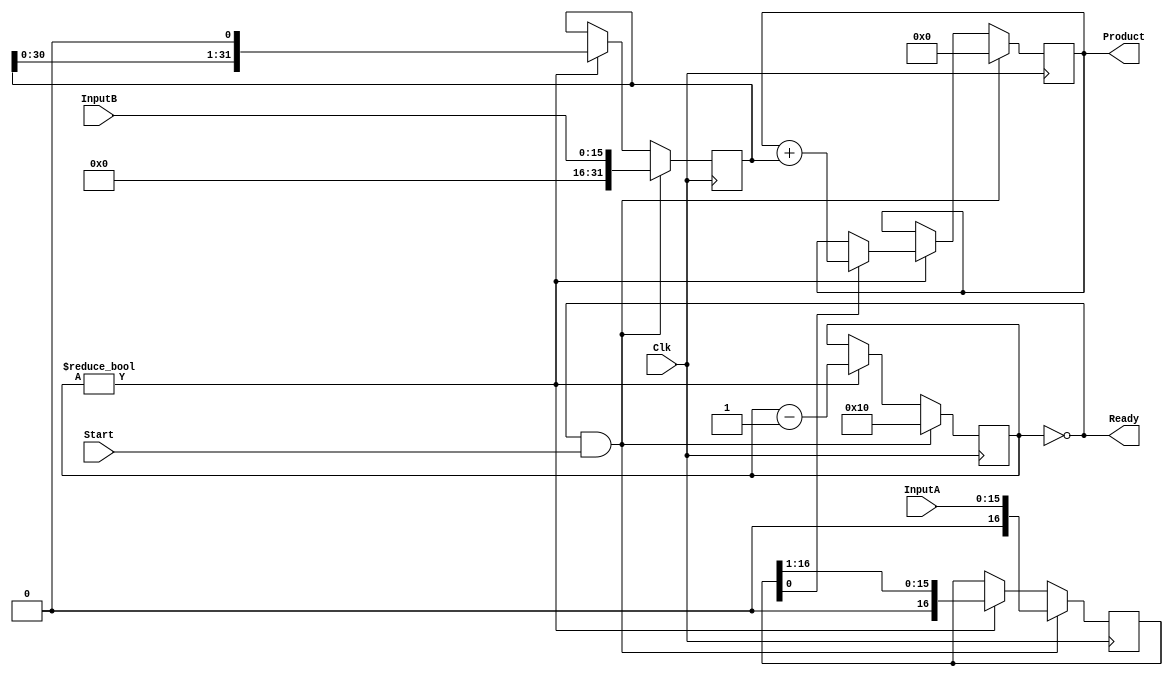
module Multiplier
#(
    parameter DATA_WIDTH = 16
)
(
   input wire [DATA_WIDTH-1:0] InputA,
   input wire [DATA_WIDTH-1:0] InputB,
   input wire Start,
   input wire Clk,
   output reg [(2*DATA_WIDTH)-1:0] Product,
   output wire Ready
);

   reg [DATA_WIDTH:0] InputACopy;
   reg [(2*DATA_WIDTH)-1:0] InputBCopy;
   
   reg [$clog2(DATA_WIDTH):0] Bit; 
   assign Ready = (Bit == 0);
   
   initial Bit = 0;

   always @(posedge Clk)
   begin
        if(Ready && Start)
        begin
                Bit <= DATA_WIDTH;
                Product <= 0;
                InputBCopy <= { {DATA_WIDTH{1'd0}}, InputB };
                InputACopy <= InputA;
            end
        else if(Bit)
            begin
                if(InputACopy[0] == 1'b1)
                begin
                    Product <= Product + InputBCopy;
                end
                InputACopy <= InputACopy >> 1;
                InputBCopy <= InputBCopy << 1;
                Bit <= Bit - 1;
            end
   end
     
endmodule